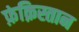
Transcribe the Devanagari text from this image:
फ़ंक़िस्तान